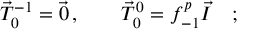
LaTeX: \vec { T } _ { 0 } ^ { - 1 } = \vec { 0 } \, , \qquad \vec { T } _ { 0 } ^ { 0 } = f _ { - 1 } ^ { p } \vec { I } \quad ;